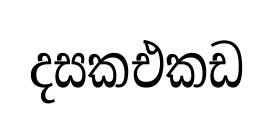
දසකඑකඩ